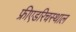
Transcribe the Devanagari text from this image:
फ्रीएडरिचस्थाल